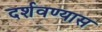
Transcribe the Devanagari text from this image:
दर्शवण्यास